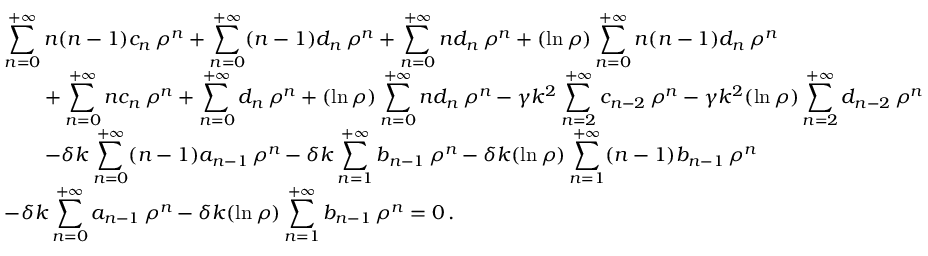
\begin{array} { l } { { \displaystyle \sum _ { n = 0 } ^ { + \infty } n ( n - 1 ) c _ { n } \, \rho ^ { n } + \sum _ { n = 0 } ^ { + \infty } ( n - 1 ) d _ { n } \, \rho ^ { n } + \sum _ { n = 0 } ^ { + \infty } n d _ { n } \, \rho ^ { n } + ( \ln \rho ) \sum _ { n = 0 } ^ { + \infty } n ( n - 1 ) d _ { n } \, \rho ^ { n } } } \\ { { \displaystyle \qquad + \sum _ { n = 0 } ^ { + \infty } n c _ { n } \, \rho ^ { n } + \sum _ { n = 0 } ^ { + \infty } d _ { n } \, \rho ^ { n } + ( \ln \rho ) \sum _ { n = 0 } ^ { + \infty } n d _ { n } \, \rho ^ { n } - \gamma k ^ { 2 } \sum _ { n = 2 } ^ { + \infty } c _ { n - 2 } \, \rho ^ { n } - \gamma k ^ { 2 } ( \ln \rho ) \sum _ { n = 2 } ^ { + \infty } d _ { n - 2 } \, \rho ^ { n } } } \\ { { \displaystyle \qquad - \delta k \sum _ { n = 0 } ^ { + \infty } ( n - 1 ) a _ { n - 1 } \, \rho ^ { n } - \delta k \sum _ { n = 1 } ^ { + \infty } b _ { n - 1 } \, \rho ^ { n } - \delta k ( \ln \rho ) \sum _ { n = 1 } ^ { + \infty } ( n - 1 ) b _ { n - 1 } \, \rho ^ { n } } } \\ { { \displaystyle - \delta k \sum _ { n = 0 } ^ { + \infty } a _ { n - 1 } \, \rho ^ { n } - \delta k ( \ln \rho ) \sum _ { n = 1 } ^ { + \infty } b _ { n - 1 } \, \rho ^ { n } = 0 } \, . } \end{array}